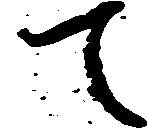
て